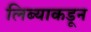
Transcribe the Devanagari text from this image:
लिब्याकडून